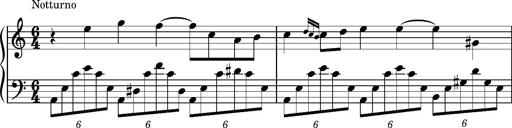
Title: Notturno
Composer: Lucas Trevizan